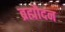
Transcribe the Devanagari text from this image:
ब्रह्मौदन